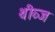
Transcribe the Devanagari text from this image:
थीव्ज